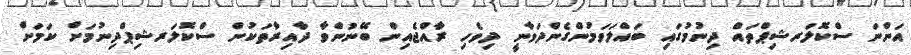
އަންނަ ސްކޮލަރޝިޕްތައް ދިނުމުގައި ބައްލަވަމުންގެންދަވާނީ ދިވެހި ރާއްޖެއިން ބޭނުންވާ ދާއިރާތަކުން ސްކޮލަރޝިޕްދިނުމަށް ކަމަށް